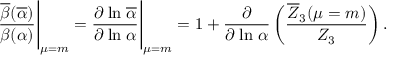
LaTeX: { \frac { \overline { { { \beta } } } ( \overline { { \alpha } } ) } { \beta ( \alpha ) } } { \Bigg | } _ { \mu = m } = { \frac { \partial \; \mathrm { l n } \; \overline { { { \alpha } } } } { \partial \; \mathrm { l n } \; \alpha } } { \Bigg | } _ { \mu = m } = 1 + { \frac { \partial } { \partial \; \mathrm { l n } \; \alpha } } \left( { \frac { \overline { { { Z } } } _ { 3 } ( \mu = m ) } { Z _ { 3 } } } \right) .